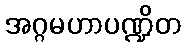
အဂ္ဂမဟာပဏ္ဍိတ